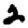
Digit: 2